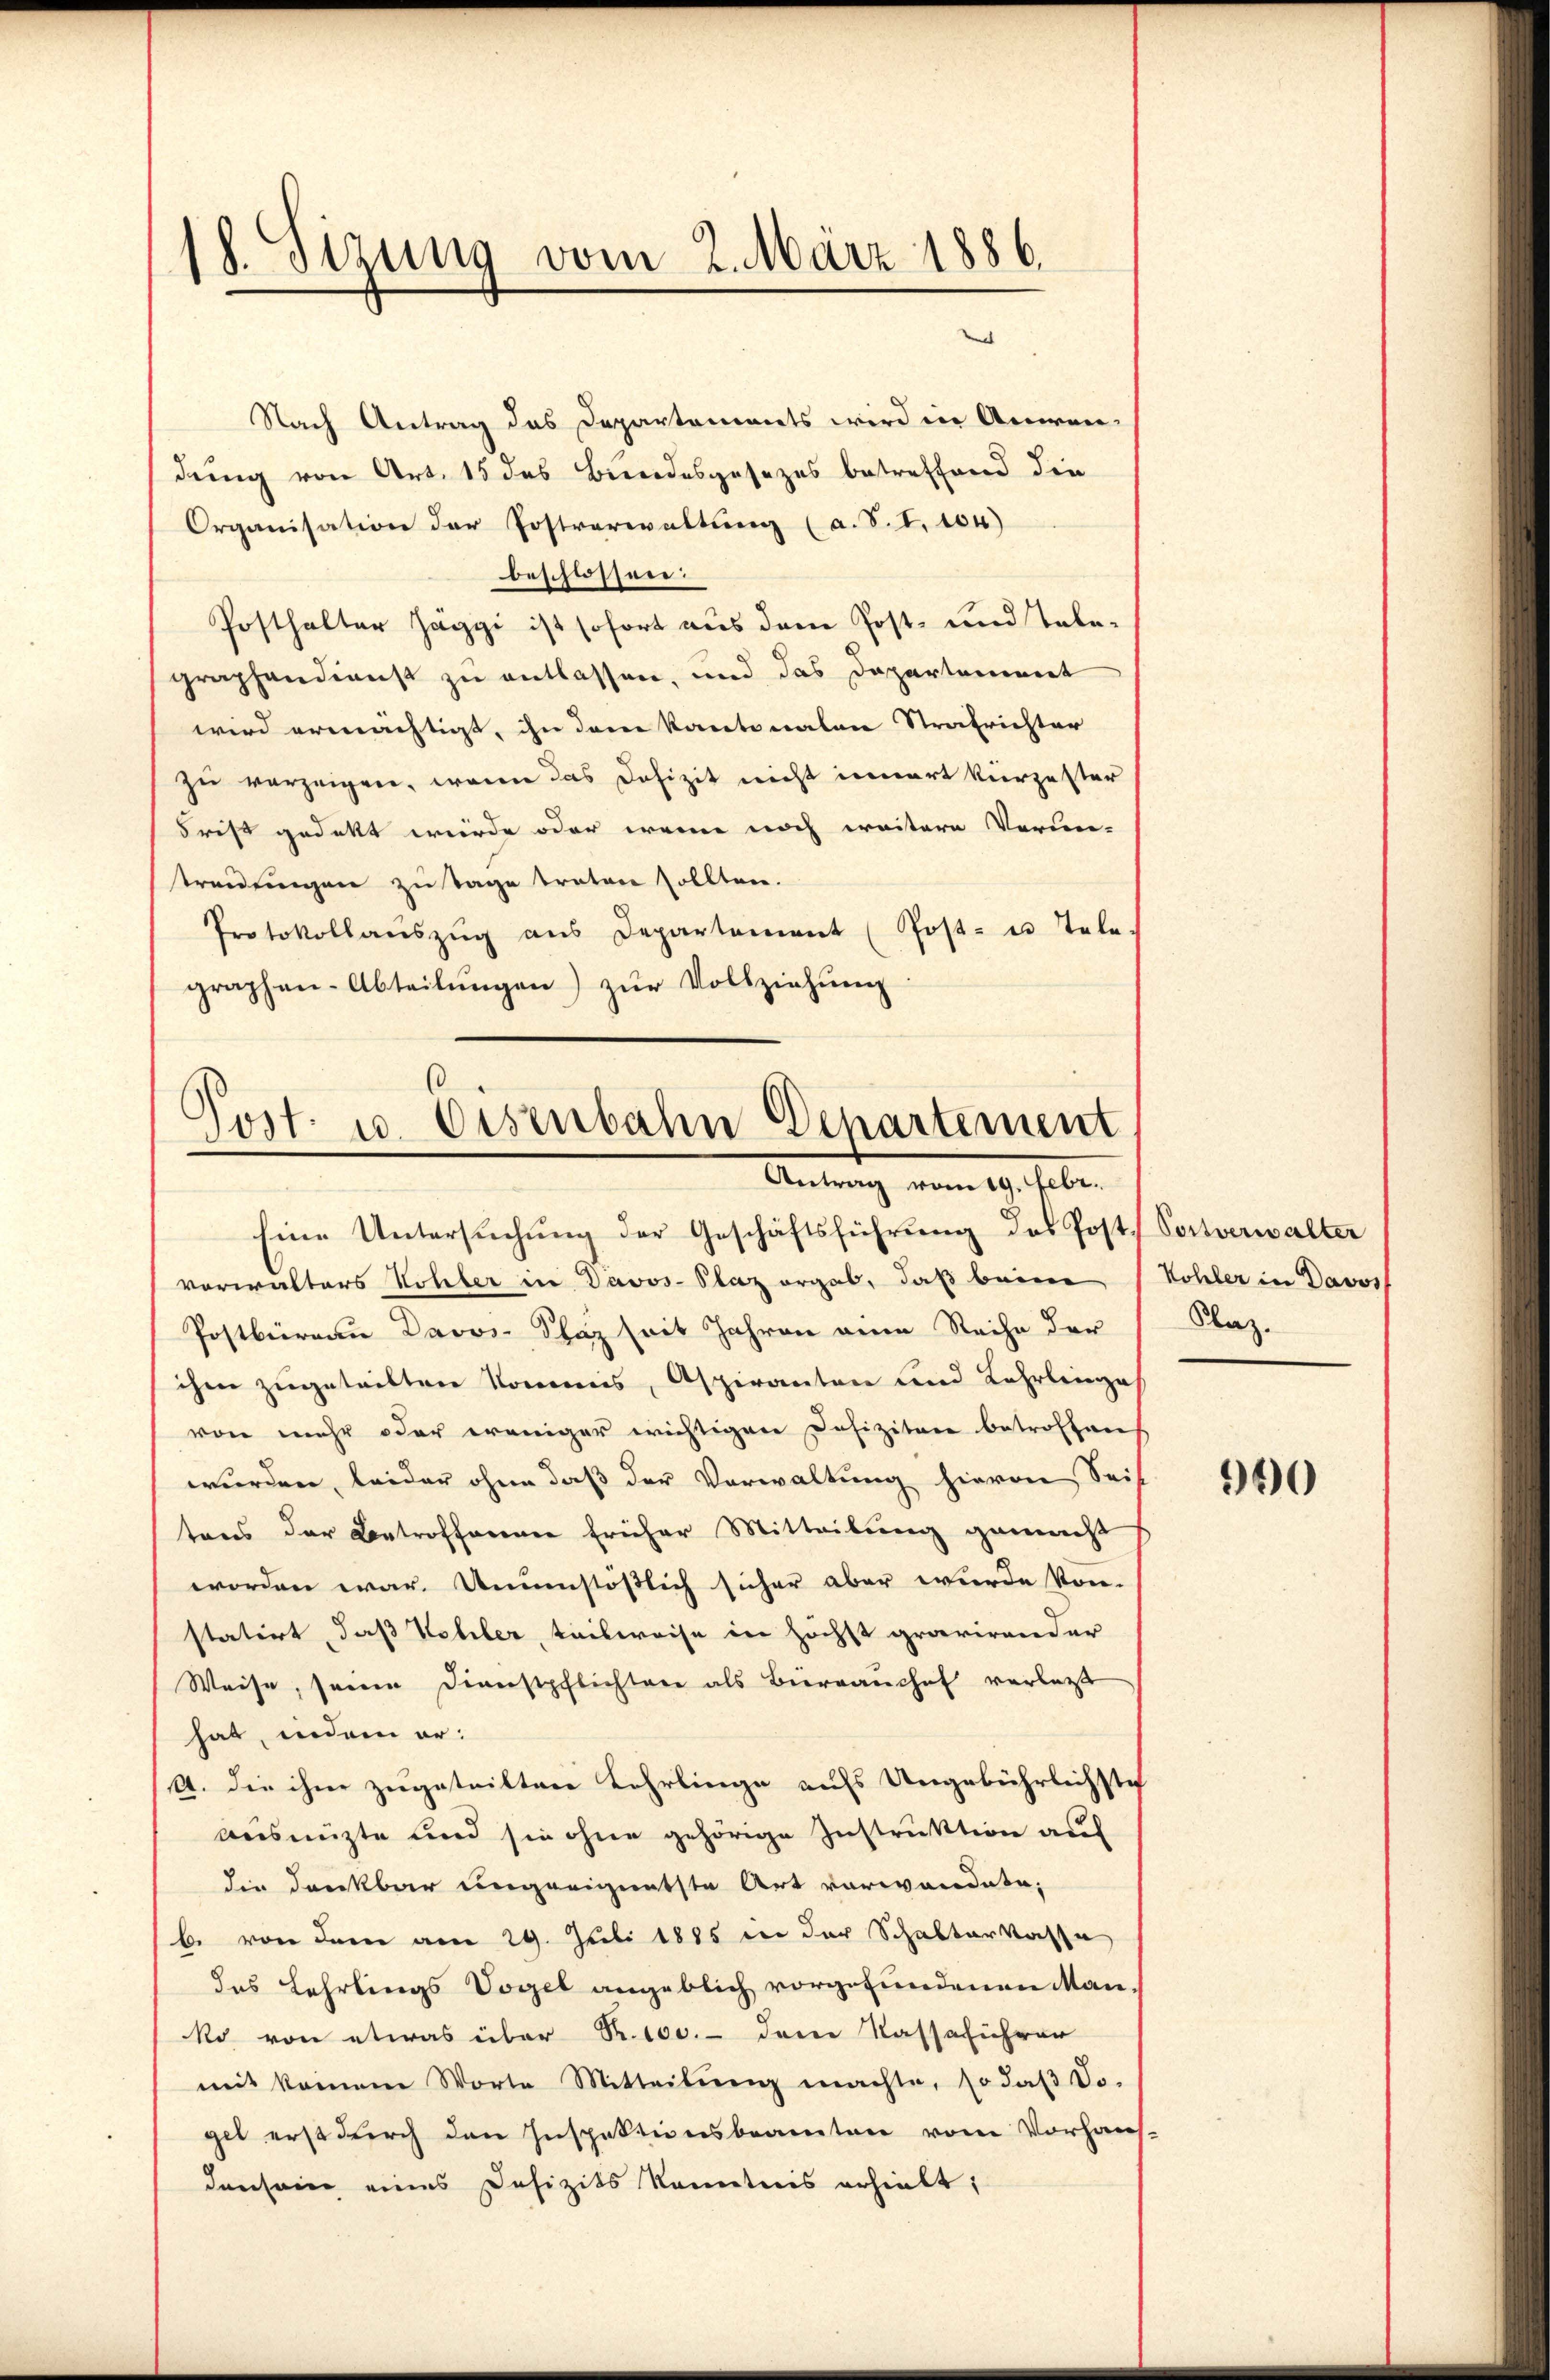
18. Sitzung vom 2. März 1886

Nach Antrag das Departements wird in Anwen-
dung von Art. 15 des Bundesgesezes betreffend die
Organisation der Postverwaltung (a. S. I. 104)
beschlossen:
Posthalter Jäggi ist sofort aus dem Post- und Telegraphendienst zu entlassen, und das Dapertennert
wird ermächtigt, ihn den Kantonalen Strafrichter
zu vorzeigen, wenn das Defizit nicht innert kürzester
Frist gedekt wurde oder wenn noch weitere Verun-
treidungen zu Tage traten sollten.
Protokollaŭszŭg ans Departement (Post- u Tele
graphen-Abteilŭngen) zŭr Vollziehŭng

Post u. Eisenbahn Departement
Antrag vom 19. selber

Eine Untersuchung der Geschäftsführung des Post Portverwalter
vorwalters Kohler in Davos- Plaz ergab, daß beim (Kohler in Davos
Postbüreau Davos- Schaz seit Jahren eine Reihe der
ihm zugeteilten Kommis, Aspiranten und Lehrlinges
von mehr oder weniger wichtigen Defiziten betroffen
wurden, leider ohne daß der Verwaltung hievon Seit
tens der Betroffenen früher Mitteilung gemacht
worden war. Unumstößlich sicher aber wurde kon-
statirt, daß Wohler, teilweise in höchst gravirender
Weise, seinen Dienstpflichtere als Bierrauchel verlegt
hat, indem er:
A. die ihne zugeteilten Lehrlinge aufs Ungebührlichste
Ausmütte und sie ohne gehörige Instruktion auf
die dankbar ungeeignetste Art vorwandete.
b von dem am 29. Juli 1885 von der Schabterkasse
das Lehrlings Vogel angeblich vorgefundenen Man
ko von etwas über Nr. 100.- dem Kassaführer
mit keinem Worte Mitteilŭng machte, so daβ do-
gel erst durch den Inspektionsbeamten vom Vorhaus-
densein eines Defizits kanntnis erhielt;

Klaz.

900